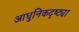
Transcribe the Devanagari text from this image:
आधुनिकदृष्ट्या